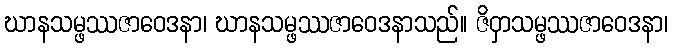
ဃာနသမ္ဖဿဇာဝေဒနာ၊ ဃာနသမ္ဖဿဇာဝေဒနာသည်။ ဇိဝှာသမ္ဖဿဇာဝေဒနာ၊